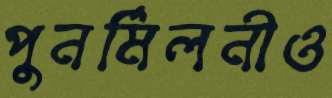
পুনর্মিলনীও